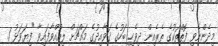
މިދެންނެވި ފޮތްތަކުގެ ތެރެއިން ދިވެހި ބަހުގެ ޤަވާއިދުގެ މައްޗަށް ލިއުއްވާފައިވާ "ފިޔަވަޅު 1.